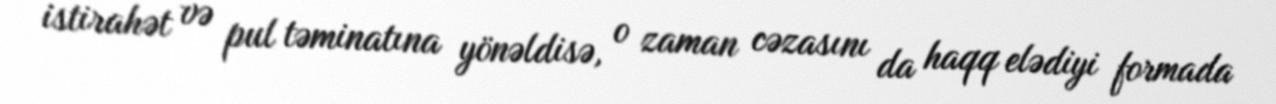
istirahət və pul təminatına yönəldisə, o zaman cəzasını da haqq elədiyi formada